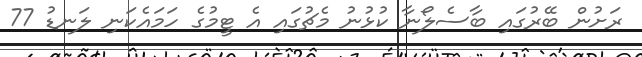
ރަށުން ބޭރުގައި ބާސެލޯނާ ކުޅުނު މެޗުގައި އެ ޓީމުގެ ހަމައެކަނި ލަނޑު 77